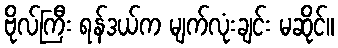
ဗိုလ်ကြီး ရန်ဒယ်က မျက်လုံးချင်း မဆိုင်။